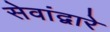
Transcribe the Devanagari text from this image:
सेवांद्वारे